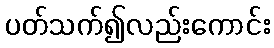
ပတ်သက်၍လည်းကောင်း